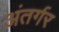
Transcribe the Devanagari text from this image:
अंतर्गर